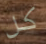
كل